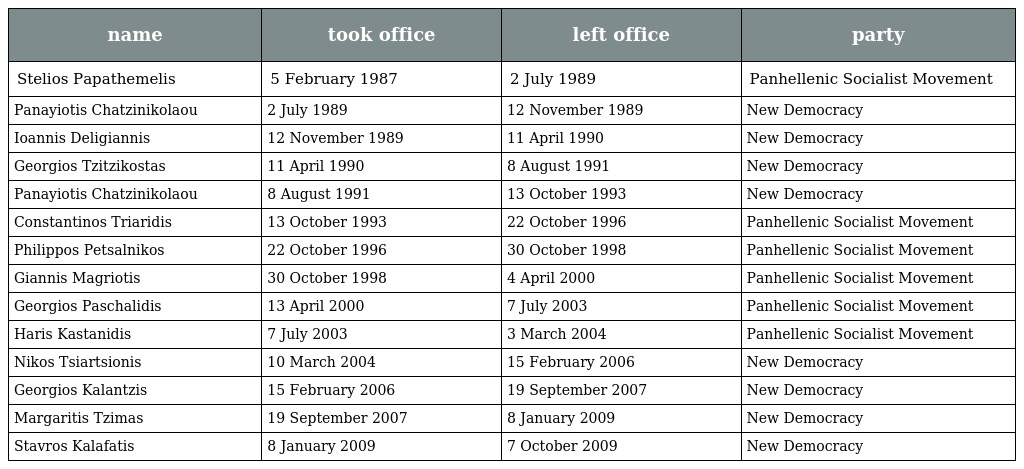
| name | took office | left office | party |
 | --- | --- | --- | --- |
 | Stelios Papathemelis | 5 February 1987 | 2 July 1989 | Panhellenic Socialist Movement |
 | Panayiotis Chatzinikolaou | 2 July 1989 | 12 November 1989 | New Democracy |
 | Ioannis Deligiannis | 12 November 1989 | 11 April 1990 | New Democracy |
 | Georgios Tzitzikostas | 11 April 1990 | 8 August 1991 | New Democracy |
 | Panayiotis Chatzinikolaou | 8 August 1991 | 13 October 1993 | New Democracy |
 | Constantinos Triaridis | 13 October 1993 | 22 October 1996 | Panhellenic Socialist Movement |
 | Philippos Petsalnikos | 22 October 1996 | 30 October 1998 | Panhellenic Socialist Movement |
 | Giannis Magriotis | 30 October 1998 | 4 April 2000 | Panhellenic Socialist Movement |
 | Georgios Paschalidis | 13 April 2000 | 7 July 2003 | Panhellenic Socialist Movement |
 | Haris Kastanidis | 7 July 2003 | 3 March 2004 | Panhellenic Socialist Movement |
 | Nikos Tsiartsionis | 10 March 2004 | 15 February 2006 | New Democracy |
 | Georgios Kalantzis | 15 February 2006 | 19 September 2007 | New Democracy |
 | Margaritis Tzimas | 19 September 2007 | 8 January 2009 | New Democracy |
 | Stavros Kalafatis | 8 January 2009 | 7 October 2009 | New Democracy |